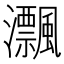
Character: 𤅜